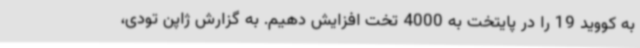
به کووید 19 را در پایتخت به 4000 تخت افزایش دهیم. به گزارش ژاپن تودی،